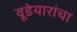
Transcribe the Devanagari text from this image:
वूडेयारांचा